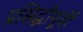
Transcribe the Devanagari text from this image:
प्रसिद्धीपूर्वी